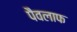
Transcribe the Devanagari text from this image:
पैवलाफ